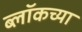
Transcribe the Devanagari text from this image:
ब्लॉकच्या